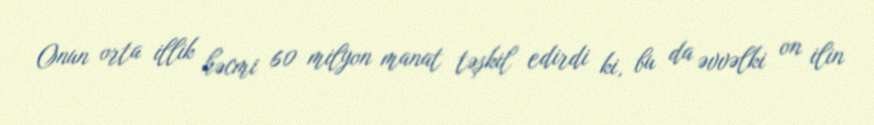
Onun orta illik həcmi 60 milyon manat təşkil edirdi ki, bu da əvvəlki on ilin